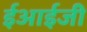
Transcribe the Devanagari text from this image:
ईआईजी